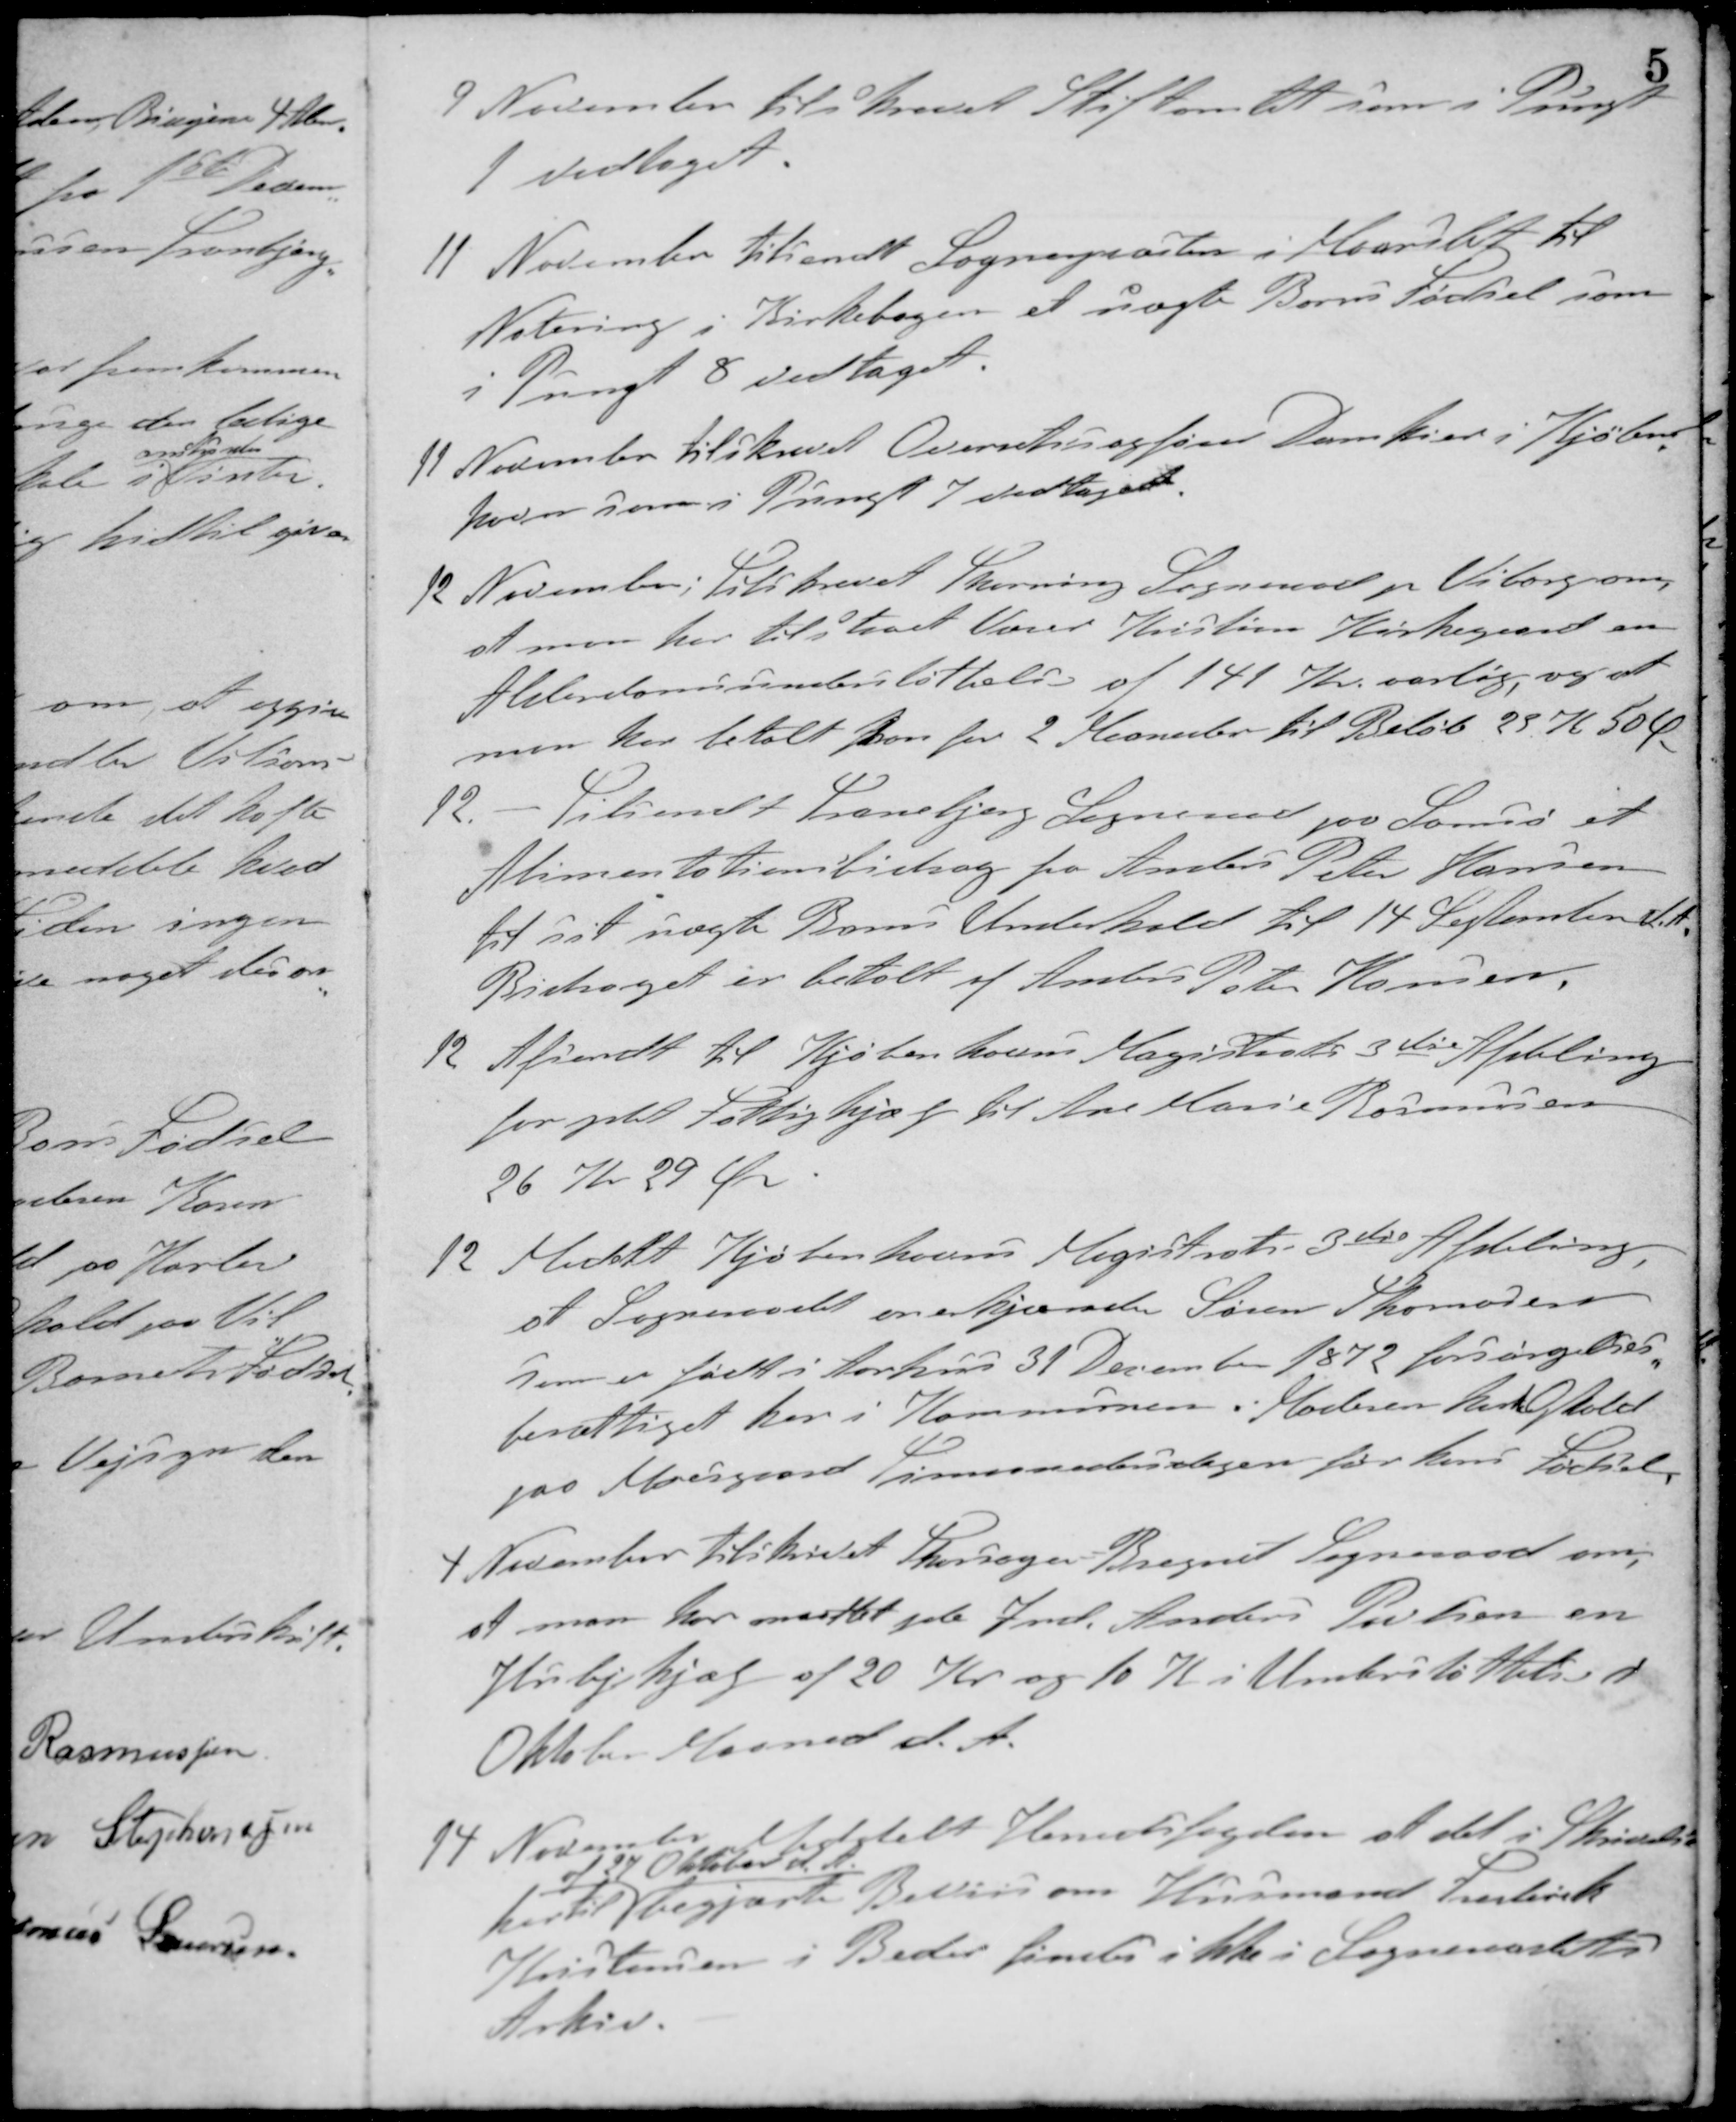
Transskription:
9 November tilskrevet Stiftamtet som i Pungt
1 vedtagt.
11 November tilsendt Sognepræsten i Maarslet til
Notering i Kirkebogen et uægte Barns Fødsel som
i Pungt 8 vedtaget.
11 November tilskrevet Overretssagfører Damkier i Kjøben-
havn som i Pungt 7 vedtaget.
12 November: Tilskrevet Skerning Sogneraad pr. Viborg om,
at man har tilstaaet Væver Kristian Kirkegaard en
Alderdomsunderstøttelse af 141 Kr. aarlig, og at
man har betalt ham for 2 Maaneder til Beløb 23 K 50 Øre.
12 - Tilsendt Tranebjerg Sogneraad paa Samsø et
Alimentationsbidrag fra Anders Peter Hansen
til sit uægte Barns Underhold til 14 September d. A.
Bidraget er betalt af Anders Peter Hansen.
12. Afsendt til Kjøbenhavns Magistrats 3die Afdeling
for ydet Fattighjæp til Ane Marie Rasmussen
26 Kr 29 Øre.
12 Meddelt Kjøbenhavns Magistrats 3die Afdeling.
at Sogneraadet anerkjender Søren Thomasen
som er født i Aarhus 31 December 1872 forsørgelses-
berettiget her i Kommunen. Moderen havde Ophold
paa Moesgaard Timaanedersdagen for hans Fødsel
4 November tilskrevet Thorsager Bregnet Sogneraad om,
at man har maattet yde Hmd. Anders Poulsen en
Huslejehjælp af 20 Kr og 10 Kr i Understøttelse i
Oktober Maaned d. A.
14 November Meddelt Herredsfogden at det i Skrivelse
hertil
af 27 Oktober d. A.
begjærte Bevis om Husmand Frederik
Kristensen i Beder findes ikke i Sogneraadets
Arkiv.